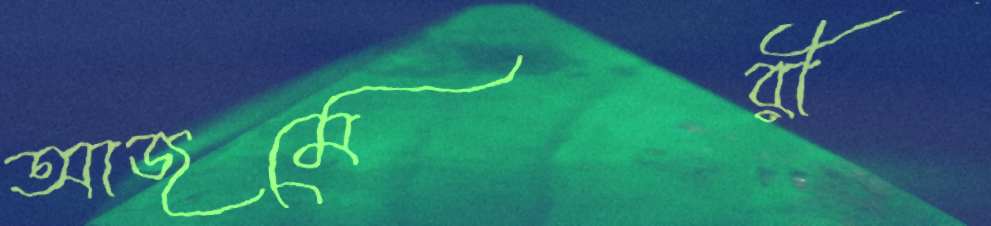
আজমেরী